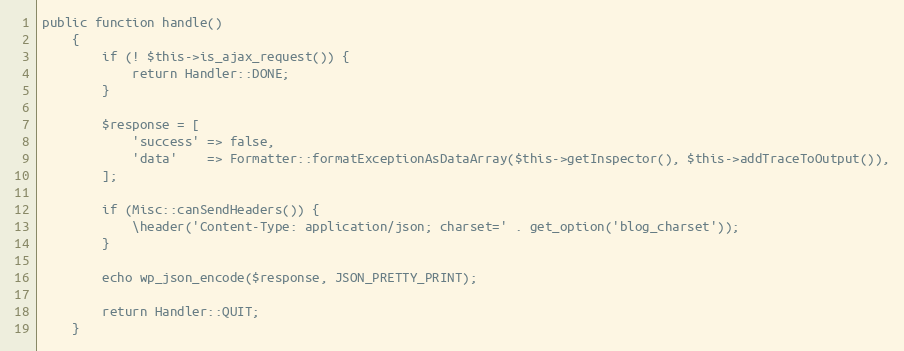
Language: PHP
public function handle()
    {
        if (! $this->is_ajax_request()) {
            return Handler::DONE;
        }

        $response = [
            'success' => false,
            'data'    => Formatter::formatExceptionAsDataArray($this->getInspector(), $this->addTraceToOutput()),
        ];

        if (Misc::canSendHeaders()) {
            \header('Content-Type: application/json; charset=' . get_option('blog_charset'));
        }

        echo wp_json_encode($response, JSON_PRETTY_PRINT);

        return Handler::QUIT;
    }